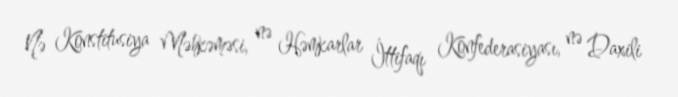
Nə Konstitusiya Məhkəməsi, nə Həmkarlar İttifaqı Konfederasiyası, nə Daxili